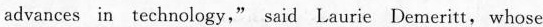
advances in technology," said Laurie Demeritt, whose